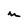
Character: m